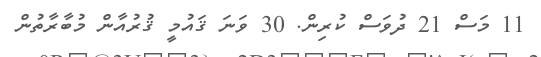
11 މަސް 21 ދުވަސް ކުރިން. 30 ވަނަ ޤައުމީ ޤުރުއާން މުބާރާތުން